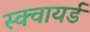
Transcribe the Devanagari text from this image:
स्क्वायर्ड